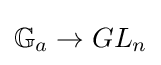
\mathbb {G} _{a}\to GL_{n}